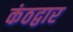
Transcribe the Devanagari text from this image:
कंठद्वार